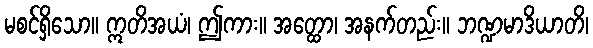
မစင်ရှိသော။ ဣတိအယံ၊ ဤကား။ အတ္ထော၊ အနက်တည်း။ ဘဏ္ဍမာဒိယာတိ၊